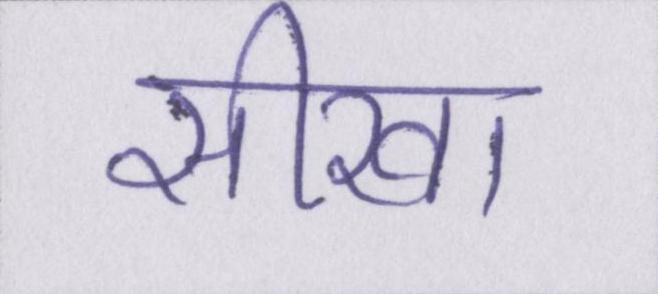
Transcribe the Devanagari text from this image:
सीखा